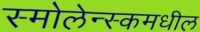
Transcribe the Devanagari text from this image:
स्मोलेन्स्कमधील